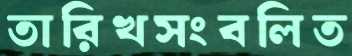
তারিখসংবলিত